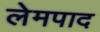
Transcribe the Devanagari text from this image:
लेमपाद